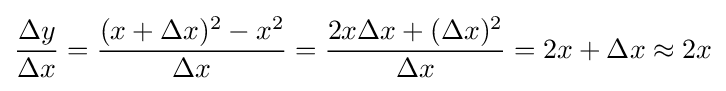
{\frac {\Delta y}{\Delta x}}={\frac {(x+\Delta x)^{2}-x^{2}}{\Delta x}}={\frac {2x\Delta x+(\Delta x)^{2}}{\Delta x}}=2x+\Delta x\approx 2x